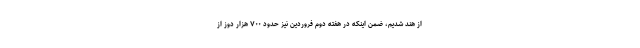
از هند شدیم، ضمن اینکه در هفته دوم فروردین نیز حدود ۷۰۰ هزار دوز از